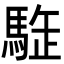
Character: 𩣜